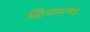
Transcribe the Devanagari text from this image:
मेंटेनन्सच्या